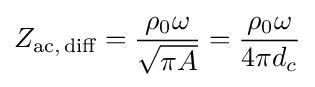
Z_{{\text{ac}},\,{\text{diff}}}={\frac {\rho _{0}\omega }{\sqrt {\pi A}}}={\frac {\rho _{0}\omega }{4\pi d_{c}}}